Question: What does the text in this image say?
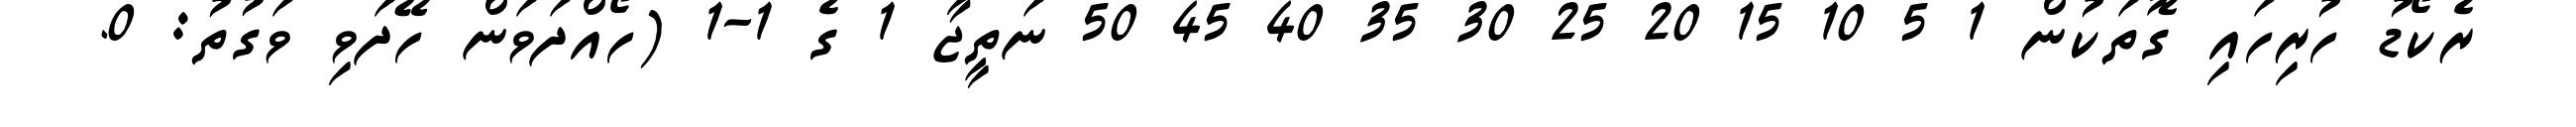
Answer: ރެކޯޑު ހުރިހައި ގޮތަކުން 1 5 10 15 20 25 30 35 40 45 50 ނަތީޖާ 1 ގެ 1-1 (ހޯއްދަވަން ހޭދަވި ވަގުތު: 0.